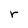
Character: r